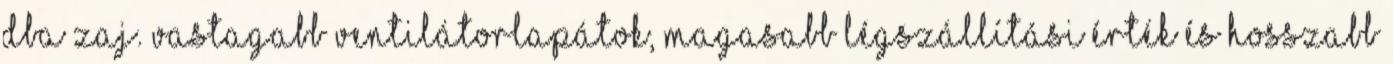
dBA zaj. Vastagabb ventilátorlapátok, magasabb légszállítási érték és hosszabb